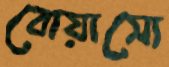
বোয়াসো